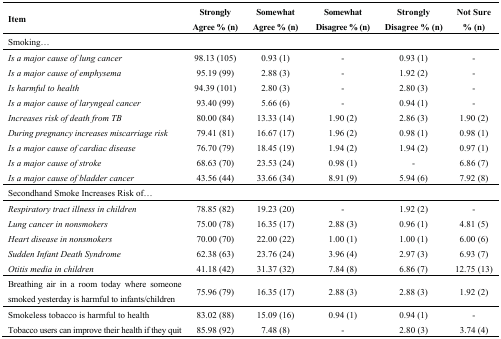
<table><thead><tr><td><b>Item</b></td><td><b>Strongly Agree % (n)</b></td><td><b>Somewhat Agree % (n)</b></td><td><b>Somewhat Disagree % (n)</b></td><td><b>Strongly Disagree % (n)</b></td><td><b>Not Sure % (n)</b></td></tr></thead><tbody><tr><td colspan="6">Smoking...</td></tr><tr><td><i>Is a major cause of lung cancer</i></td><td>98.13 (105)</td><td>0.93 (1)</td><td>-</td><td>0.93 (1)</td><td>-</td></tr><tr><td><i>Is a major cause of emphysema</i></td><td>95.19 (99)</td><td>2.88 (3)</td><td>-</td><td>1.92 (2)</td><td>-</td></tr><tr><td><i>Is harmful to health</i></td><td>94.39 (101)</td><td>2.80 (3)</td><td>-</td><td>2.80 (3)</td><td>-</td></tr><tr><td><i>Is a major cause of laryngeal cancer</i></td><td>93.40 (99)</td><td>5.66 (6)</td><td>-</td><td>0.94 (1)</td><td>-</td></tr><tr><td><i>Increases risk of death from TB</i></td><td>80.00 (84)</td><td>13.33 (14)</td><td>1.90 (2)</td><td>2.86 (3)</td><td>1.90 (2)</td></tr><tr><td><i>During pregnancy increases miscarriage risk</i></td><td>79.41 (81)</td><td>16.67 (17)</td><td>1.96 (2)</td><td>0.98 (1)</td><td>0.98 (1)</td></tr><tr><td><i>Is a major cause of cardiac disease</i></td><td>76.70 (79)</td><td>18.45 (19)</td><td>1.94 (2)</td><td>1.94 (2)</td><td>0.97 (1)</td></tr><tr><td><i>Is a major cause of stroke</i></td><td>68.63 (70)</td><td>23.53 (24)</td><td>0.98 (1)</td><td>-</td><td>6.86 (7)</td></tr><tr><td><i>Is a major cause of bladder cancer</i></td><td>43.56 (44)</td><td>33.66 (34)</td><td>8.91 (9)</td><td>5.94 (6)</td><td>7.92 (8)</td></tr><tr><td colspan="6">Secondhand Smoke Increases Risk of...</td></tr><tr><td><i>Respiratory tract illness in children</i></td><td>78.85 (82)</td><td>19.23 (20)</td><td>-</td><td>1.92 (2)</td><td>-</td></tr><tr><td><i>Lung cancer in nonsmokers</i></td><td>75.00 (78)</td><td>16.35 (17)</td><td>2.88 (3)</td><td>0.96 (1)</td><td>4.81 (5)</td></tr><tr><td><i>Heart disease in nonsmokers</i></td><td>70.00 (70)</td><td>22.00 (22)</td><td>1.00 (1)</td><td>1.00 (1)</td><td>6.00 (6)</td></tr><tr><td><i>Sudden Infant Death Syndrome</i></td><td>62.38 (63)</td><td>23.76 (24)</td><td>3.96 (4)</td><td>2.97 (3)</td><td>6.93 (7)</td></tr><tr><td><i>Otitis media in children</i></td><td>41.18 (42)</td><td>31.37 (32)</td><td>7.84 (8)</td><td>6.86 (7)</td><td>12.75 (13)</td></tr><tr><td>Breathing air in a room today where someone smoked yesterday is harmful to infants/children</td><td>75.96 (79)</td><td>16.35 (17)</td><td>2.88 (3)</td><td>2.88 (3)</td><td>1.92 (2)</td></tr><tr><td>Smokeless tobacco is harmful to health</td><td>83.02 (88)</td><td>15.09 (16)</td><td>0.94 (1)</td><td>0.94 (1)</td><td>-</td></tr><tr><td>Tobacco users can improve their health if they quit</td><td>85.98 (92)</td><td>7.48 (8)</td><td>-</td><td>2.80 (3)</td><td>3.74 (4)</td></tr></tbody></table>